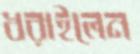
ধরাইলেন